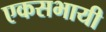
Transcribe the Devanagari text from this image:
एकसभायी